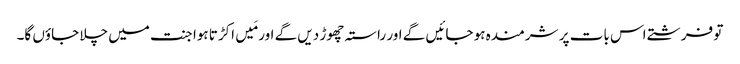
تو فرشتے اس بات پر شرمندہ ہو جائیں گے اور راستہ چھوڑ دیں گے اور مَیں اکڑتا ہوا جنت میں چلا جاؤں گا۔